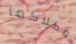
وكلاكما